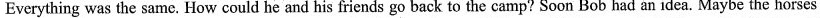
Everythingwas the same. How could he and his friends go back to the camp? Soon Bob had an idea. Maybe the horses